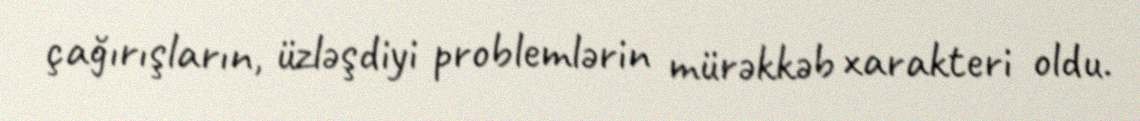
çağırışların, üzləşdiyi problemlərin mürəkkəb xarakteri oldu.